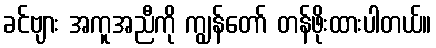
ခင်ဗျား အကူအညီကို ကျွန်တော် တန်ဖိုးထားပါတယ်။